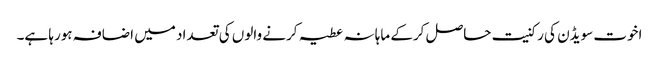
اخوت سویڈن کی رکنیت حاصل کرکے ماہانہ عطیہ کرنے والوں کی تعداد میں اضافہ ہورہا ہے۔